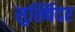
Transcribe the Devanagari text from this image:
सुख्विंदर